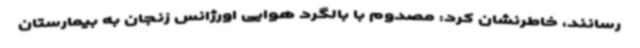
رسانند، خاطرنشان کرد: مصدوم با بالگرد هوایی اورژانس زنجان به بیمارستان